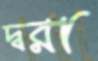
দ্বরা